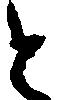
と